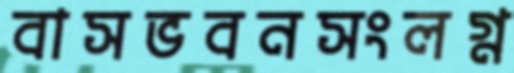
বাসভবনসংলগ্ন